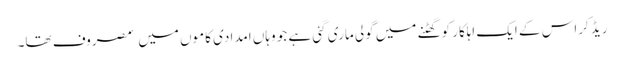
ریڈ کراس کے ایک اہلکار کو گھٹنے میں گولی ماری گئی ہے جو وہاں امدادی کاموں میں ٘مصروف تھا۔